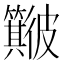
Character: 𱝻